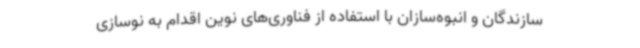
سازندگان و انبوه‌سازان با استفاده از فناوری‌های نوین اقدام به نوسازی